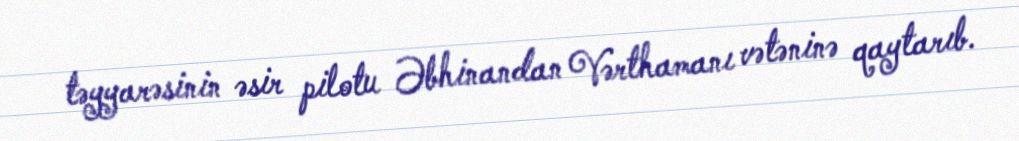
təyyarəsinin əsir pilotu Əbhinandan Vərthamanı vətəninə qaytarıb.